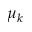
\mu _ { k }